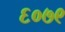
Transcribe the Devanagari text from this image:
६०७९